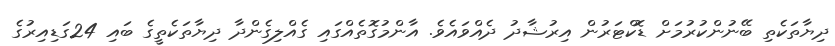
ދިޔާތަކެތި ބޭނުންކުރުމަށް ޑޮކްޓަރުން އިރުޝާދު ދެއްވައެވެ. އާންމުގޮތެއްގައި ގެއްލިގެންދާ ދިޔާތަކެތީގެ ބައި 24ގަޑިއިރުގެ